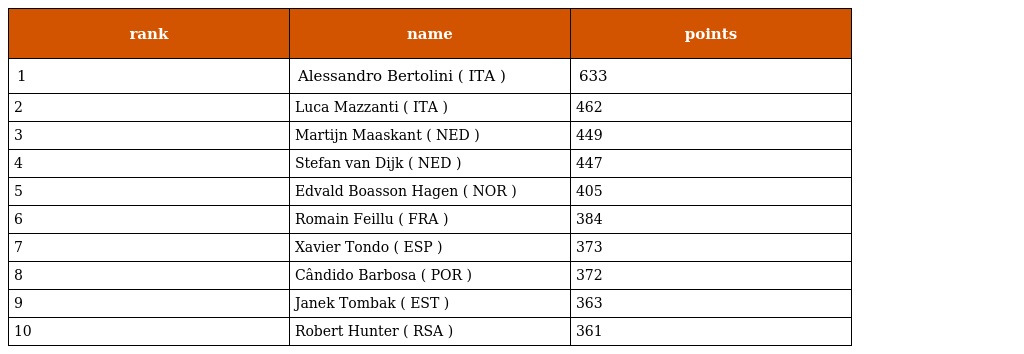
| rank | name | points |
 | --- | --- | --- |
 | 1 | Alessandro Bertolini ( ITA ) | 633 |
 | 2 | Luca Mazzanti ( ITA ) | 462 |
 | 3 | Martijn Maaskant ( NED ) | 449 |
 | 4 | Stefan van Dijk ( NED ) | 447 |
 | 5 | Edvald Boasson Hagen ( NOR ) | 405 |
 | 6 | Romain Feillu ( FRA ) | 384 |
 | 7 | Xavier Tondo ( ESP ) | 373 |
 | 8 | Cândido Barbosa ( POR ) | 372 |
 | 9 | Janek Tombak ( EST ) | 363 |
 | 10 | Robert Hunter ( RSA ) | 361 |